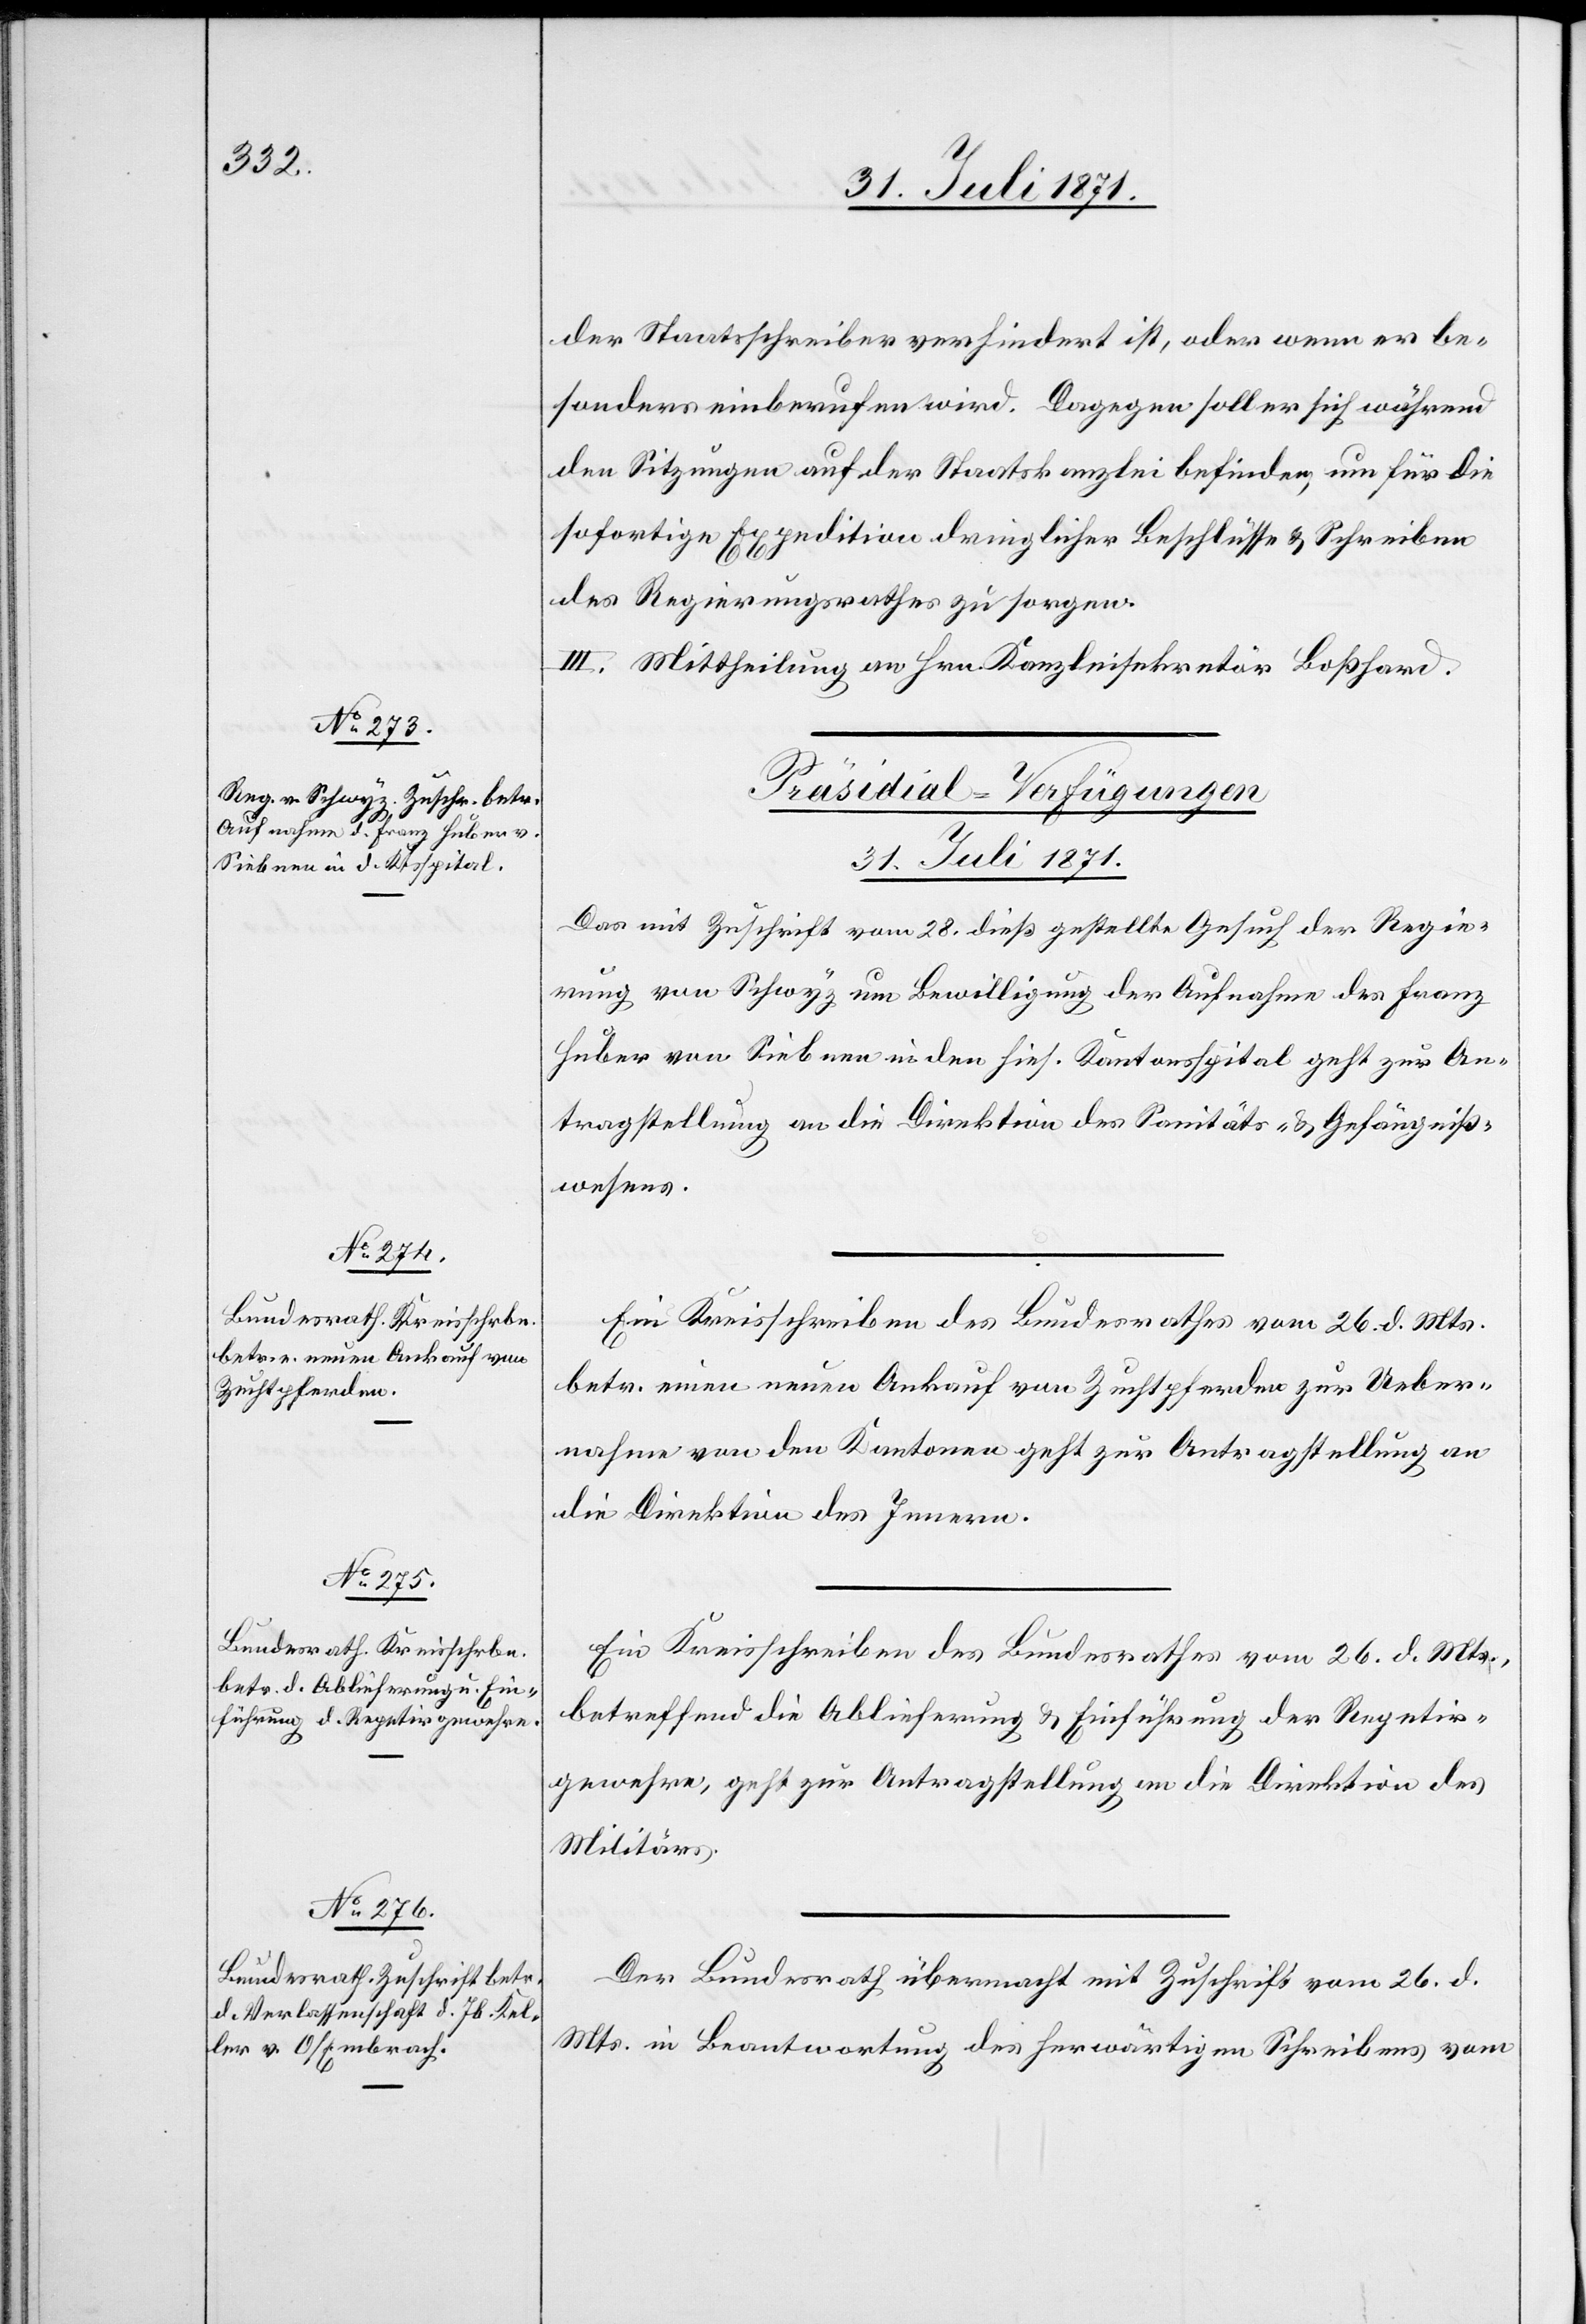
der Staatsschreiber verhindert ist, oder wenn er be¬
sonders einberufen wird. Dagegen soll er sich während
den Sitzungen auf der Staatskanzlei befinden, um für die
sofortige Expedition dringlicher Beschlüsse u. Schreiben
des Regierungsrathes zu sorgen.
III. Mittheilung an Hrn. Kanzleisekretär Boßhard.
[Präsidial-Verfügungen
31. Juli 1871.]
Das mit Zuschrift vom 28. dieß gestellte Gesuch der Regie¬
rung von Schwyz um Bewilligung der Aufnahme des Franz
Huber von Siebnen in den hies. Kantonsspital geht zur An¬
tragstellung an die Direktion des Sanitäts- u. Gefängniß¬
wesens.
Ein Kreisschreiben des Bundesrathes vom 26. d. Mts.
betr. einen neuen Ankauf von Zuchtpferden zur Ueber¬
nahme von den Kantonen geht zur Antragstellung an
die Direktion des Innern.
Ein Kreisschreiben des Bundesrathes vom 26. d. Mts.,
betreffend die Ablieferung u. Einführung der Repetir¬
gewehre, geht zur Antragstellung an die Direktion des
Militärs.
Der Bundesrath übermacht mit Zuschrift vom 26. d.
Mts. in Beantwortung des herwärtigen Schreibens vom